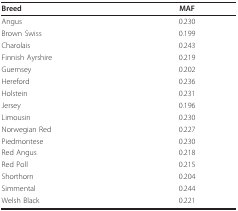
| Breed | MAF |
 | --- | --- |
 | Angus | 0.230 |
 | Brown Swiss | 0.199 |
 | Charolais | 0.243 |
 | Finnish Ayrshire | 0.219 |
 | Guernsey | 0.202 |
 | Hereford | 0.236 |
 | Holstein | 0.231 |
 | Jersey | 0.196 |
 | Limousin | 0.230 |
 | Norwegian Red | 0.227 |
 | Piedmontese | 0.230 |
 | Red Angus | 0.218 |
 | Red Poll | 0.215 |
 | Shorthorn | 0.204 |
 | Simmental | 0.244 |
 | Welsh Black | 0.221 |